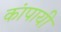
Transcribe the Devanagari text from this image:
कांपायी